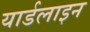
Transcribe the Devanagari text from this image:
यार्डलाइन